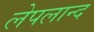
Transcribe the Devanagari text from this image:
लेपलान्द